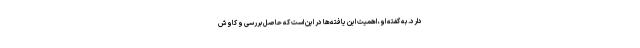
دارد. به گفته او، اهمیت این یافته‌ها در این است که حاصل بررسی و کاوش